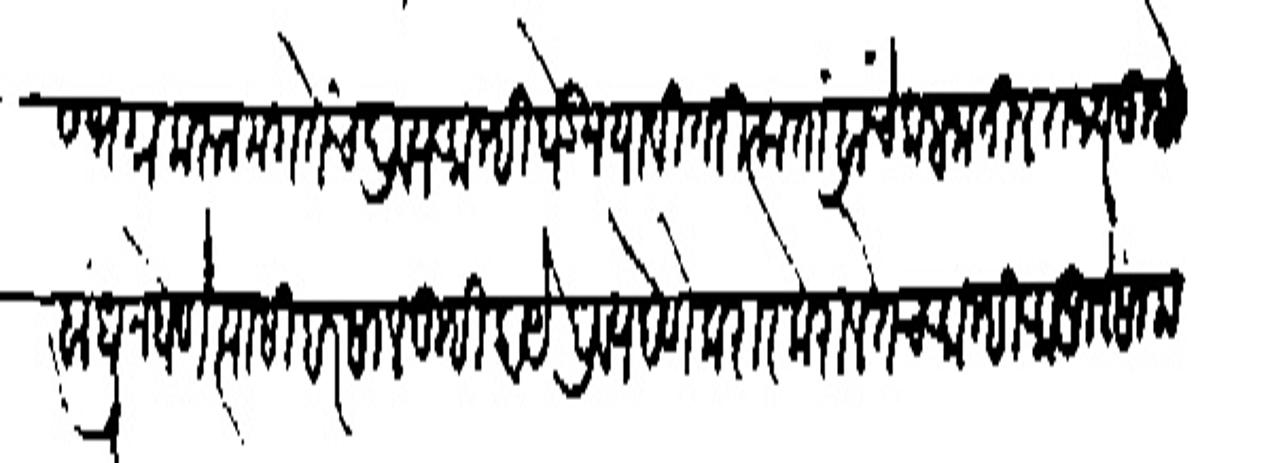
Transliteration (Devanagari): स भगन करन मग तेंच द्रव्य आम्ही घेऊन यावितरित्क तांब्रांचे कबजातीस राज्य तुम्ही
बांधून घेणे स्यासी हरसाल तुम्ही काये द्रव्य देणे करार कराल तेच आम्ही आपुले साम